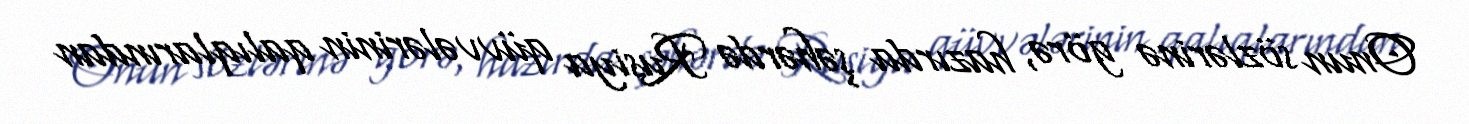
Onun sözlərinə görə, hazırda şəhərdə Rusiya qüvvələrinin qalıqlarından